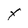
Character: x